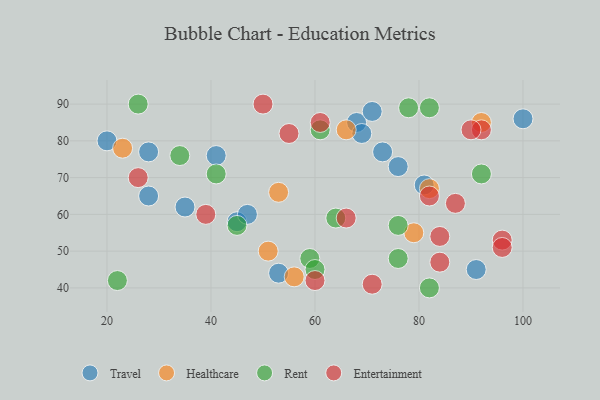
{"axis": {"x": "GDP", "y": "Life Expectancy"}, "legend": ["Entertainment", "Healthcare", "Rent", "Travel"], "data": [{"x": "45", "y": 58, "type": "Travel"}, {"x": "81", "y": 68, "type": "Travel"}, {"x": "91", "y": 45, "type": "Travel"}, {"x": "53", "y": 44, "type": "Travel"}, {"x": "68", "y": 85, "type": "Travel"}, {"x": "41", "y": 76, "type": "Travel"}, {"x": "69", "y": 82, "type": "Travel"}, {"x": "28", "y": 77, "type": "Travel"}, {"x": "47", "y": 60, "type": "Travel"}, {"x": "28", "y": 65, "type": "Travel"}, {"x": "100", "y": 86, "type": "Travel"}, {"x": "35", "y": 62, "type": "Travel"}, {"x": "73", "y": 77, "type": "Travel"}, {"x": "71", "y": 88, "type": "Travel"}, {"x": "20", "y": 80, "type": "Travel"}, {"x": "76", "y": 73, "type": "Travel"}, {"x": "66", "y": 83, "type": "Healthcare"}, {"x": "79", "y": 55, "type": "Healthcare"}, {"x": "53", "y": 66, "type": "Healthcare"}, {"x": "23", "y": 78, "type": "Healthcare"}, {"x": "82", "y": 67, "type": "Healthcare"}, {"x": "92", "y": 85, "type": "Healthcare"}, {"x": "51", "y": 50, "type": "Healthcare"}, {"x": "56", "y": 43, "type": "Healthcare"}, {"x": "64", "y": 59, "type": "Rent"}, {"x": "34", "y": 76, "type": "Rent"}, {"x": "82", "y": 40, "type": "Rent"}, {"x": "59", "y": 48, "type": "Rent"}, {"x": "61", "y": 83, "type": "Rent"}, {"x": "76", "y": 57, "type": "Rent"}, {"x": "78", "y": 89, "type": "Rent"}, {"x": "92", "y": 71, "type": "Rent"}, {"x": "76", "y": 48, "type": "Rent"}, {"x": "22", "y": 42, "type": "Rent"}, {"x": "41", "y": 71, "type": "Rent"}, {"x": "82", "y": 89, "type": "Rent"}, {"x": "60", "y": 45, "type": "Rent"}, {"x": "26", "y": 90, "type": "Rent"}, {"x": "45", "y": 57, "type": "Rent"}, {"x": "39", "y": 60, "type": "Entertainment"}, {"x": "84", "y": 47, "type": "Entertainment"}, {"x": "60", "y": 42, "type": "Entertainment"}, {"x": "92", "y": 83, "type": "Entertainment"}, {"x": "84", "y": 54, "type": "Entertainment"}, {"x": "96", "y": 53, "type": "Entertainment"}, {"x": "55", "y": 82, "type": "Entertainment"}, {"x": "50", "y": 90, "type": "Entertainment"}, {"x": "87", "y": 63, "type": "Entertainment"}, {"x": "71", "y": 41, "type": "Entertainment"}, {"x": "90", "y": 83, "type": "Entertainment"}, {"x": "66", "y": 59, "type": "Entertainment"}, {"x": "26", "y": 70, "type": "Entertainment"}, {"x": "61", "y": 85, "type": "Entertainment"}, {"x": "82", "y": 65, "type": "Entertainment"}, {"x": "96", "y": 51, "type": "Entertainment"}]}